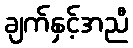
ချက်နှင့်အညီ